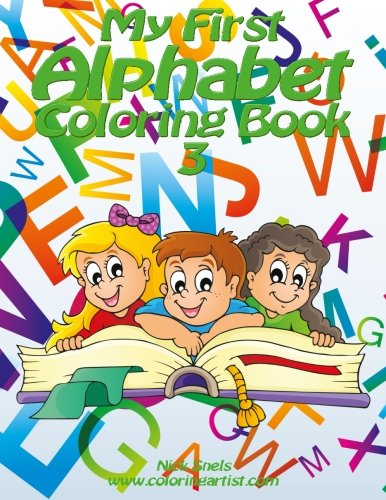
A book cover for My First Alphabet Coloring Book 3 (Volume 3); Nick Snels; Parenting & Relationships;